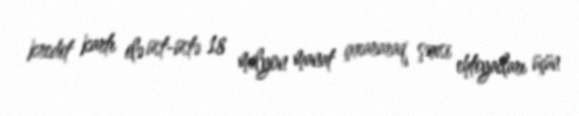
kredit kartı ilə üst-üstə 18 milyon manat çıxararaq şəxsi ehtiyacları üçün